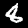
Digit: 8